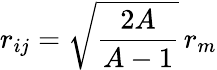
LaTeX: r_{ij}=\sqrt{\frac{2A}{A-1}}\, r_{m}